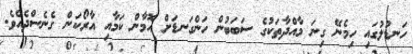
ހަނޑުލުގައި ހިމެނޭ ގިނަ މާއްދާތަކުގެ ސަބަބުން ހަންގަނޑަށް އޮމާން ކަމާއި އާރޯކަން ގެނެސްދެއެވެ.